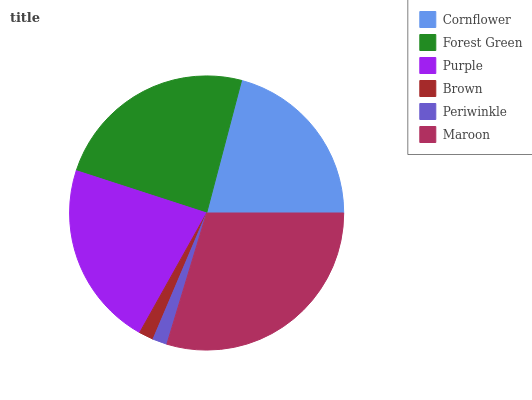
| Cornflower | Forest Green | Purple | Brown | Periwinkle | Maroon |
 | --- | --- | --- | --- | --- | --- |
 | 20.9% | 24.1% | 21.8% | 1.74% | 1.7% | 29.8% |